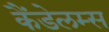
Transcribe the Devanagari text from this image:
कैंडेलम्स